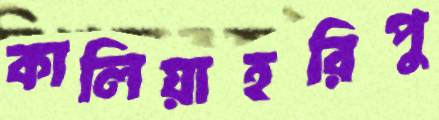
কালিয়াহরিপু